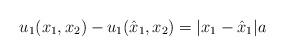
LaTeX: \begin{align*} u_1(x_1,x_2) - u_1(\hat{x}_1,x_2) = |x_1 - \hat{x}_1| a \end{align*}